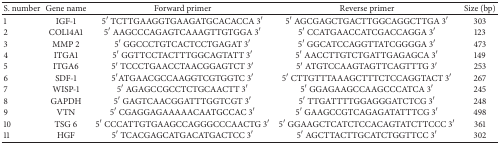
<table><thead><tr><td><b>S. number</b></td><td><b>Gene name</b></td><td><b>Forward primer</b></td><td><b>Reverse primer </b></td><td><b> Size (bp)</b></td></tr></thead><tbody><tr><td>1</td><td>IGF-1</td><td>5′ TCTTGAAGGTGAAGATGCACACCA 3′</td><td>5′ AGCGAGCTGACTTGGCAGGCTTGA 3′</td><td>303</td></tr><tr><td>2</td><td>COL14A1</td><td>5′ AAGCCCAGAGTCAAAGTTGTGGA 3′</td><td>5′ CCATGAACCATCGACCAGGA 3′</td><td>123</td></tr><tr><td>3</td><td>MMP 2</td><td>5′ GGCCCTGTCACTCCTGAGAT 3′</td><td>5′ GGCATCCAGGTTATCGGGGA 3′</td><td>473</td></tr><tr><td>4</td><td>ITGA1</td><td>5′ GGTTCCTACTTTGGCAGTATT 3′</td><td>5′ AACCTTGTCTGATTGAGAGCA 3′</td><td>149</td></tr><tr><td>5</td><td>ITGA6</td><td>5′ TCCCTGAACCTAACGGAGTCT 3′</td><td> 5′ ATGTCCAAGTAGTTCAGTTTG 3′</td><td>253</td></tr><tr><td>6</td><td>SDF-1</td><td>5′ ATGAACGCCAAGGTCGTGGTC 3′</td><td>5′ CTTGTTTAAAGCTTTCTCCAGGTACT 3′</td><td>267</td></tr><tr><td> 7</td><td>WISP-1</td><td>5′ AGAGCCGCCTCTGCAACTT 3′</td><td>5′ GGAGAAGCCAAGCCCATCA 3′</td><td>245</td></tr><tr><td> 8</td><td>GAPDH</td><td>5′ GAGTCAACGGATTTGGTCGT 3′</td><td>5′ TTGATTTTGGAGGGATCTCG 3′</td><td>248</td></tr><tr><td> 9</td><td>VTN</td><td>5′ CGAGGAGAAAAACAATGCCAC 3′</td><td>5′ GAAGCCGTCAGAGATATTTCG 3′</td><td>498</td></tr><tr><td> 10</td><td>TSG 6</td><td>5′ CCCATTGTGAAGCCAGGGCCCAACTG 3′</td><td>5′ GGAAGCTCATCTCCACAGTATCTTCCC 3′</td><td>361</td></tr><tr><td> 11</td><td>HGF</td><td>5′ TCACGAGCATGACATGACTCC 3′</td><td>5′ AGCTTACTTGCATCTGGTTCC 3′</td><td>302</td></tr></tbody></table>